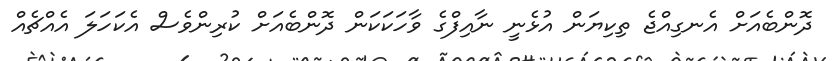
ދޮންބެއަށް އެނގިއްޖެ ތިކިޔަން އުޅެނީ ނާއިފްގެ ވާހަކަކަން ދޮންބެއަށް ކުރިންވެސް އެކަހަލަ އެއްޗެއް